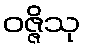
ဝဇ္ဇိသု